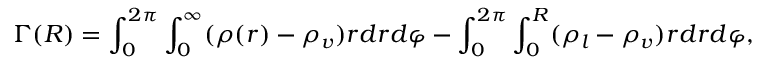
\Gamma ( R ) = \int _ { 0 } ^ { 2 \pi } \int _ { 0 } ^ { \infty } ( \rho ( r ) - \rho _ { v } ) r d r d \varphi - \int _ { 0 } ^ { 2 \pi } \int _ { 0 } ^ { R } ( \rho _ { l } - \rho _ { v } ) r d r d \varphi ,